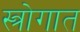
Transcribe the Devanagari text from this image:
स्त्रोगात